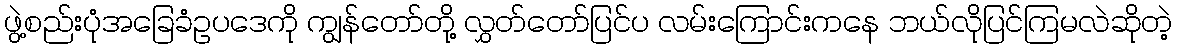
ဖွဲ့စည်းပုံအခြေခံဥပဒေကို ကျွန်တော်တို့ လွှတ်တော်ပြင်ပ လမ်းကြောင်းကနေ ဘယ်လိုပြင်ကြမလဲဆိုတဲ့